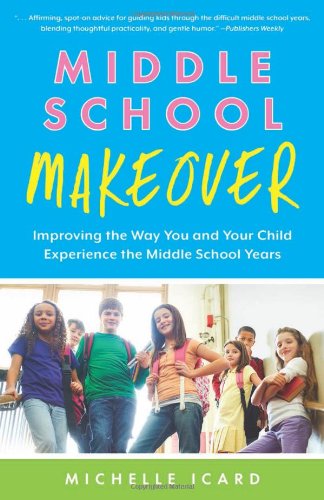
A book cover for Middle School Makeover: Improving the Way You and Your Child Experience the Middle School Years; Michelle Icard; Parenting & Relationships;